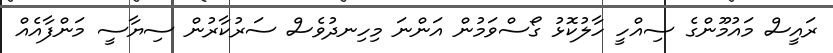
ރައީސް މައުމޫންގެ ސިއްހީ ހާލުކޮޅު ގޯސްވަމުން އަންނަ މިހިނދުވެސް ސަރުކާރުން ސިޔާސީ މަންފާއެއް